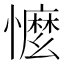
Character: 𢣗